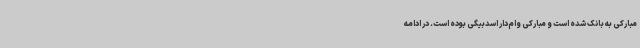
مبارکی به بانک شده است و مبارکی وام‌دار اسدبیگی بوده است. در ادامه